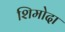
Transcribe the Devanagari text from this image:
शिमोदा